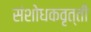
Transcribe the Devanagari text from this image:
संशोधकवृत्ती